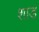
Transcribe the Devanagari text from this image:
शाड